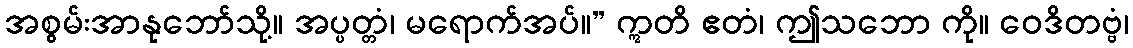
အစွမ်းအာနုဘော်သို့။ အပ္ပတ္တံ၊ မရောက်အပ်။” ဣတိ ဧတံ၊ ဤသဘော ကို။ ဝေဒိတဗ္ဗံ၊